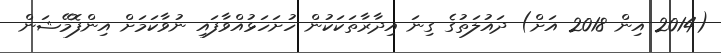
(2014 އިން 2018 އަށް) ދައުލަތުގެ ގިނަ އިދާރާތަކަކުން ހުށަހަޅުއްވާފައި ނުވާކަމަށް އިންފޮމޭޝަން